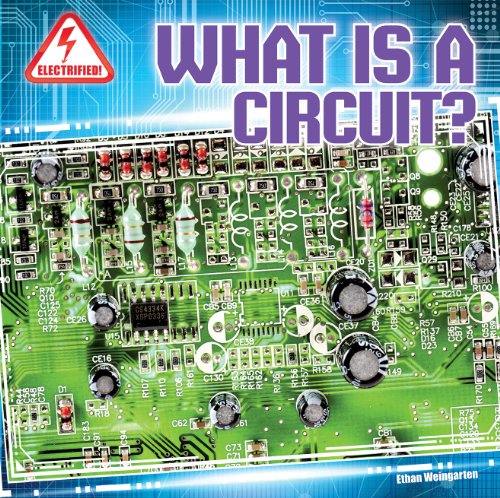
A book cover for What Is a Circuit? (Electrified! (Gareth Stevens)); Ethan Weingarten; Children's Books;